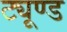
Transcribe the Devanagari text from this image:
ट्यूण्ड